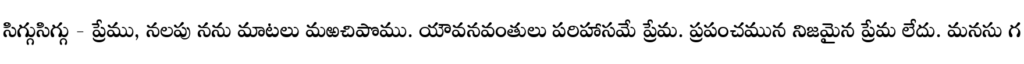
సిగ్గుసిగ్గు - ప్రేము, నలపు నను మాటలు మఱచిపొము. యౌవనవంతులు పరిహాసమే ప్రేమ. ప్రపంచమున నిజమైన ప్రేమ లేదు. మనసు గ